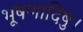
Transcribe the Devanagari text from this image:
भूषणादिषु।